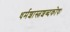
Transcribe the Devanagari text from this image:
धर्मशास्त्रशब्दकोषः